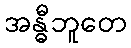
အန္ဓီဘူတေ